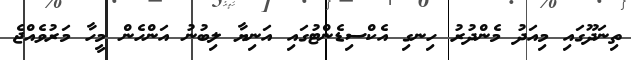
ތިނަދޫގައި މިއަދު މެންދުރު ހިނގި އެކްސިޑެންޓުގައި އަނިޔާ ލިބުނު އަންހެން މީހާ މަރުވެއްޖެ